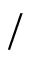
/